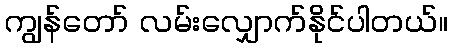
ကျွန်တော် လမ်းလျှောက်နိုင်ပါတယ်။